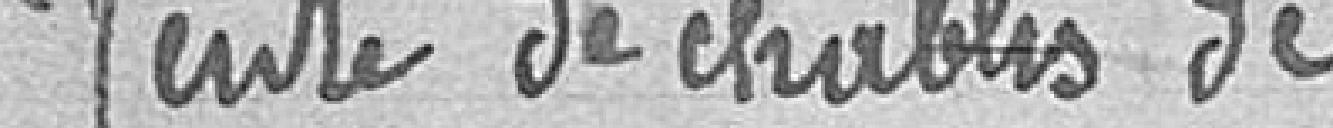
Vente de chablis de